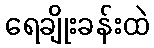
ရေချိုးခန်းထဲ